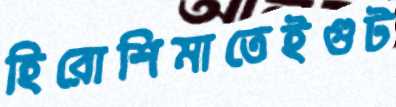
হিরোশিমাতেইগুট